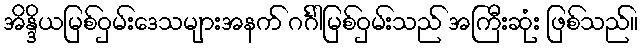
အိန္ဒိယမြစ်ဝှမ်းဒေသများအနက် ဂင်္ဂါမြစ်ဝှမ်းသည် အကြီးဆုံး ဖြစ်သည်။